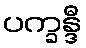
ပက္ခန္ဒီ